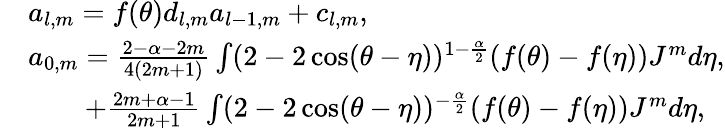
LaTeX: \begin{array}{rl}&{a_{l,m}=f(\theta)d_{l,m}a_{l-1,m}+c_{l,m},}\\ &{a_{0,m}=\frac{2-\alpha-2m}{4(2m+1)}\int(2-2\cos(\theta-\eta))^{1-\frac{\alpha}{2}}(f(\theta)-f(\eta)){J}^{m}d\eta,}\\ &{\quad\quad+\frac{2m+\alpha-1}{2m+1}\int(2-2\cos(\theta-\eta))^{-\frac{\alpha}{2}}(f(\theta)-f(\eta)){J}^{m}d\eta,}\end{array}